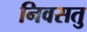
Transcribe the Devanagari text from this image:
निवसतु